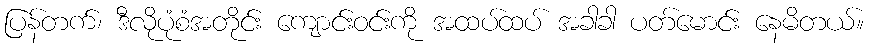
ပြန်တက်၊ ဒီလိုပုံစံအတိုင်း ကျောင်းဝင်းကို အထပ်ထပ် အခါခါ ပတ်မောင်း နေမိတယ်။